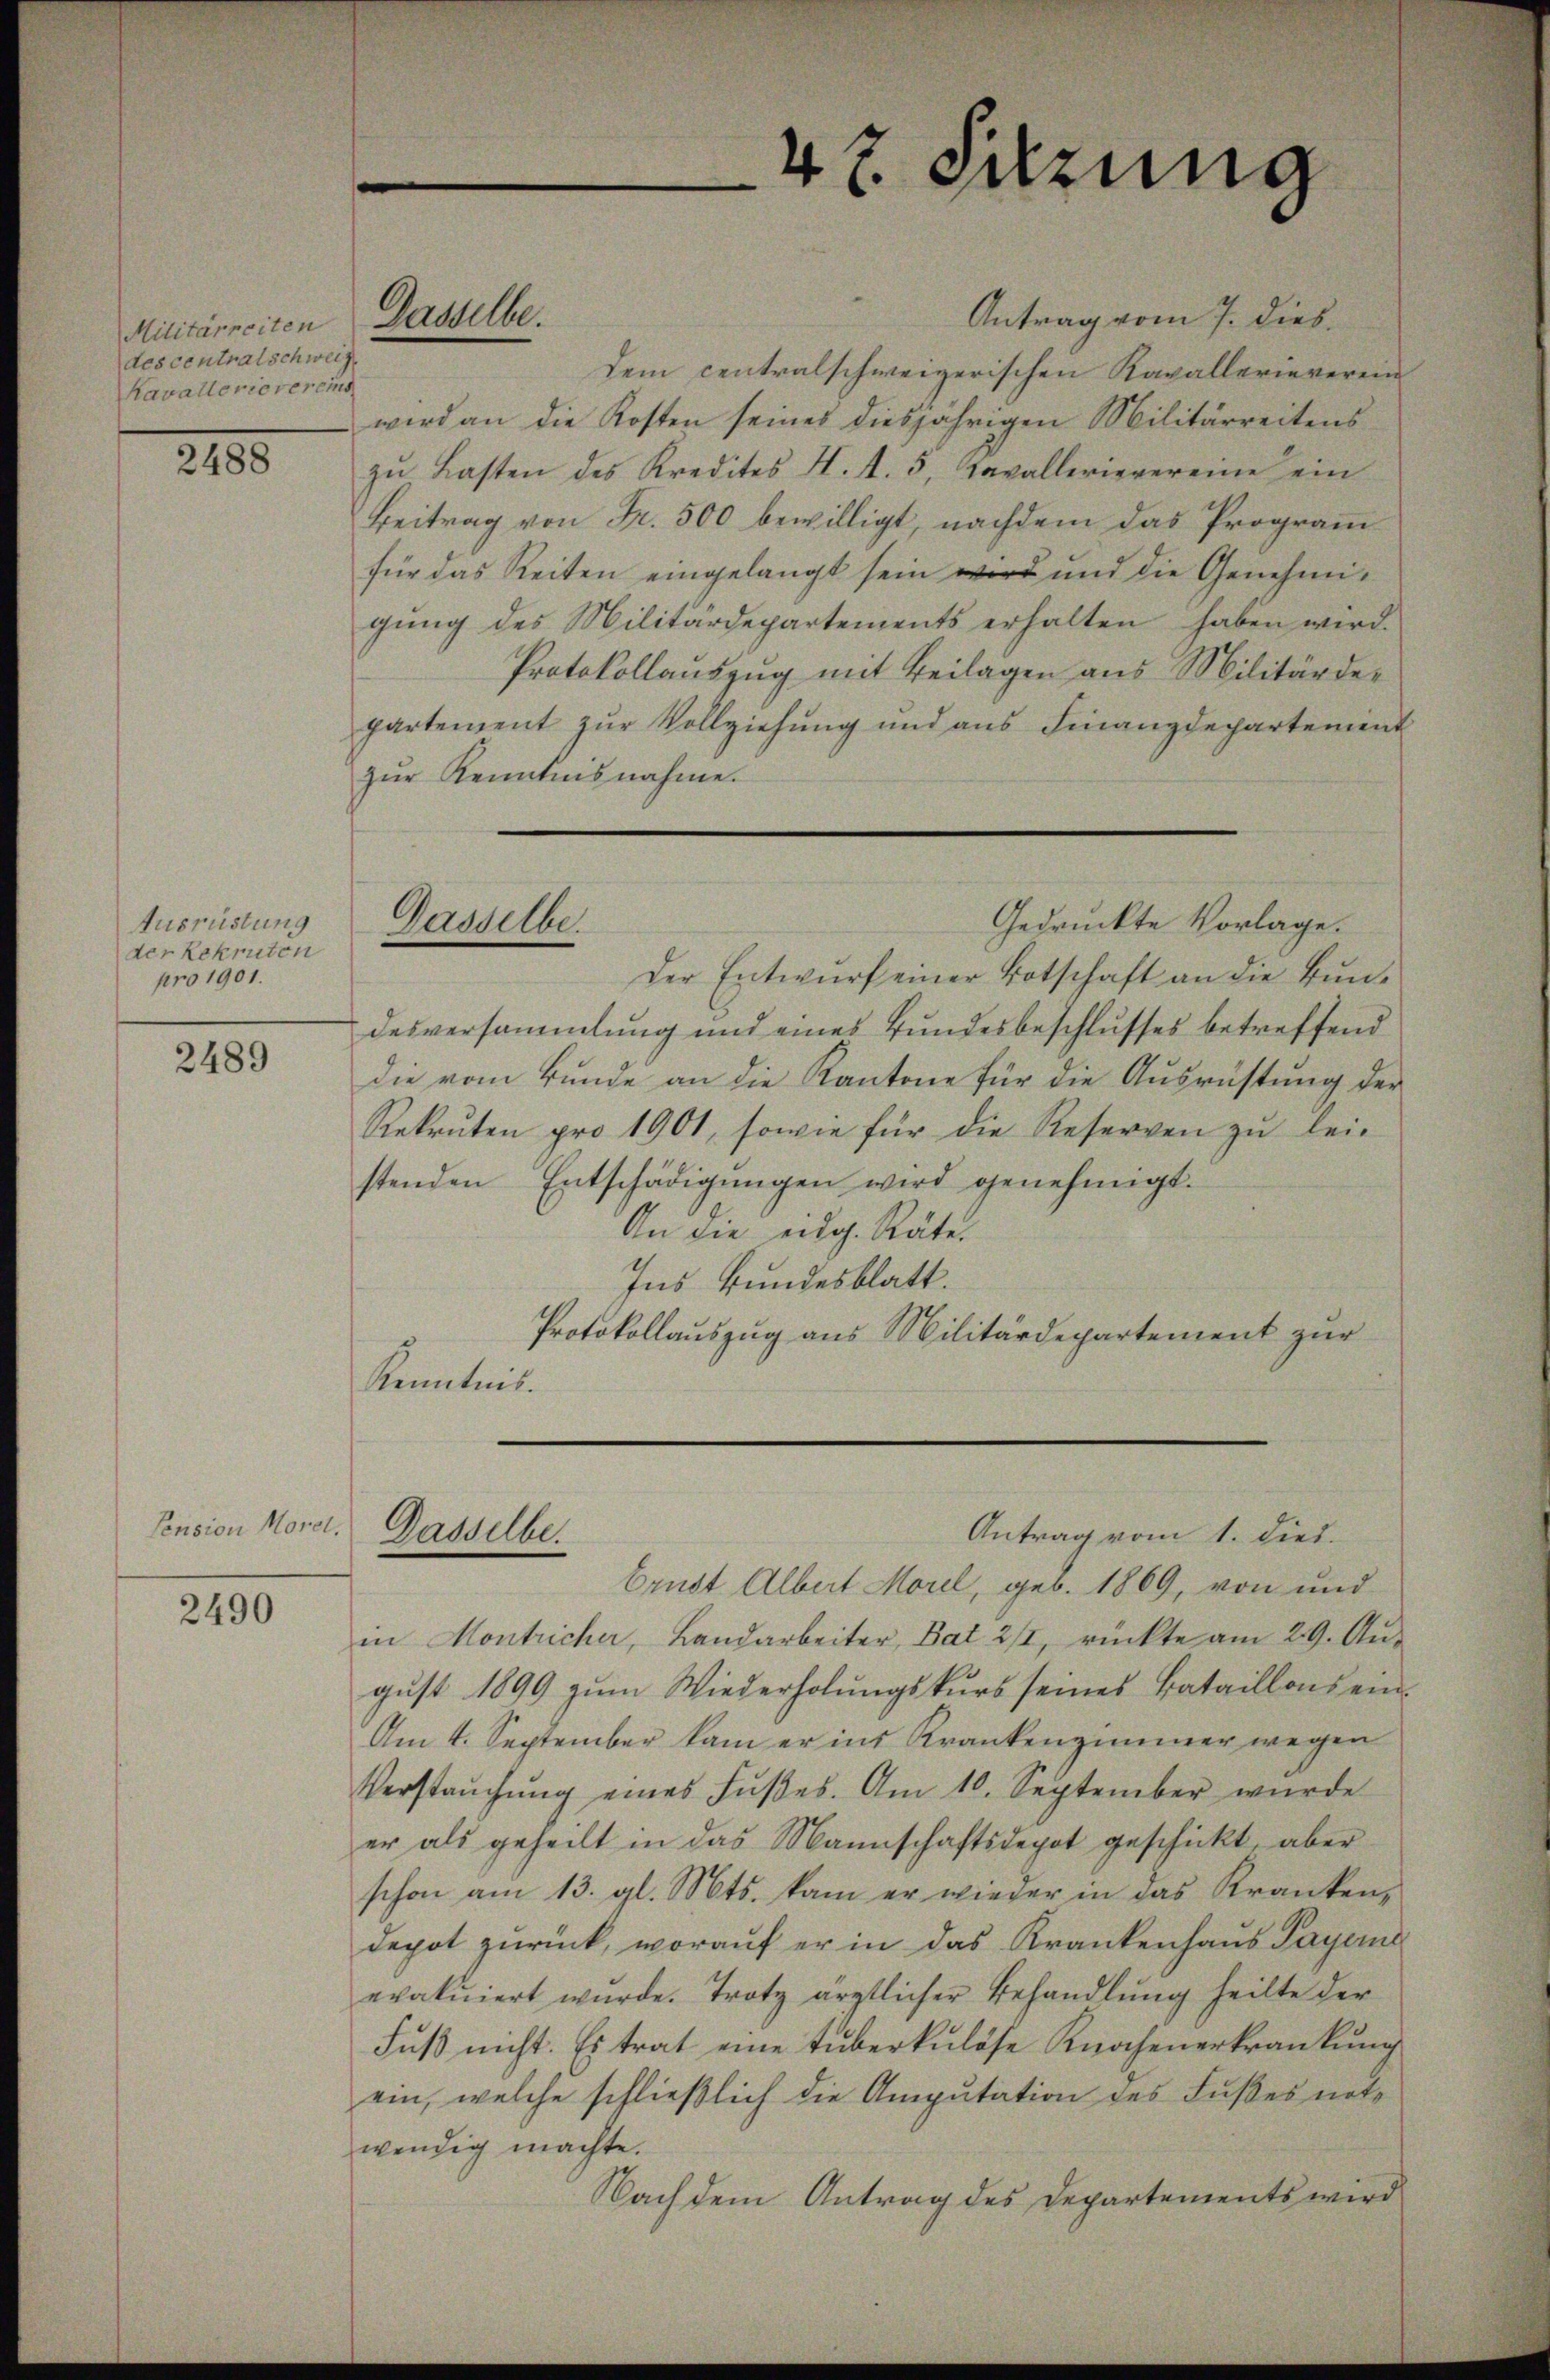
Militärreiten
des centralschweiz
Kavallerievereins

2488

Ausrüstung
der Rekruten
pro 1901.

2489

Pension Morel

2490

h

Antrag vom 7. dies.
dem centralschweizerischen Kavallerieverein
wird an die Kosten seines diesjährigen Militärreitens
zŭ Lasten des Kredites H. d. 5, Cavallerievereine ein
Beitrag von Fr. 500 bewilligt, nachdem das Programm
für das Reiten eingelangt sein wird und die Genehmigung des Militärdepartements erhalten haben wird.
Protokollauszug mit Beilagen aus Militärdepartement zur Vollziehung und aus Finanzdepartement
zŭr Kenntnisnahme.
Gedrückte Vorlage.
Gasselbe.
Der Entwŭrf einer Botschaft an die Bŭn-
desversammlung und eines Bundesbeschlusses betreffend
die vom Bunde an die Kantone für die Ausrüstung der
Rekruten pro 1901, sowie für die Reserven zŭ leistenden Entschädigŭngen wird genehmigt.
An die eidg. Räte.
Ins Bundesblatt.
Protokollauszug aus Militärdepartement zur
Kenntnis.

Dasselbe.

Dasselbe

47. Sitzung

Antrag vom 1. dies

brust Albert Morel, geb. 1869, von und
in Montricher, Landarbeiter, Bat 2/1, rückte am 29. Aus
gust 1899 zum Wiederholungskurs seines Bataillons ein
Am 4. September kam er ins Krankenzimmer wegen
Verstaŭchŭng eines Fŭβes. Am 10. September wurde
er als geheilt in das Mannschaftsdepot geschickt, aber
schon am 13. gl. Mts. kam er wieder in das Kranken-
depot zurück, worauf er in das Krankenhaus Payerne
evakŭiert wŭrde. Trotz ärztlicher Behandlŭng heilte der
Fŭβ nicht. Es trat eine tuberkulöse Knochenerkrankŭng
ein, welche schließlich die Amputation des Fußes notwendig machte.
Nach dem Antrag des Departements wird

s